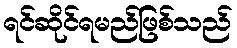
ရင်ဆိုင်ရမည်ဖြစ်သည်